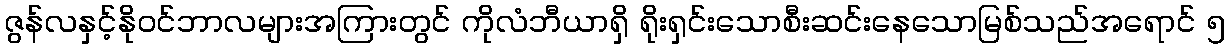
ဇွန်လနှင့်နိုဝင်ဘာလများအကြားတွင် ကိုလံဘီယာရှိ ရိုးရှင်းသောစီးဆင်းနေသောမြစ်သည်အရောင် ၅